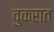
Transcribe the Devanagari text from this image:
वुकरात